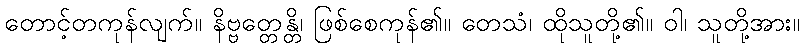
တောင့်တကုန်လျက်။ နိဗ္ဗတ္တေန္တိ၊ ဖြစ်စေကုန်၏။ တေသံ၊ ထိုသူတို့၏။ ဝါ၊ သူတို့အား။